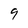
Character: 9